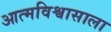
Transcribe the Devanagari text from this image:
आत्मविश्वासाला